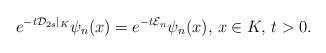
\begin{align*}e^{-t \mathcal{D}_{2s}|_{K}} \psi_n(x)=e^{-t \mathcal{E}_{n}} \psi_n(x), \, x\in K, \, t>0.\end{align*}